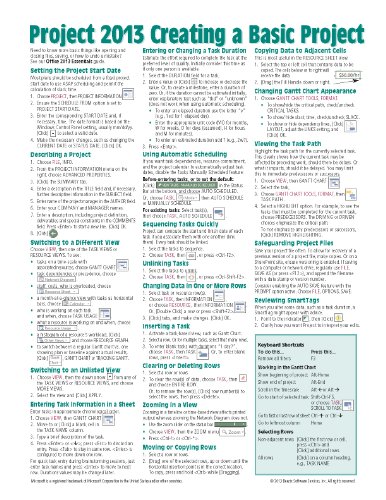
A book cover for Microsoft Project 2013 Quick Reference Guide: Creating a Basic Project (Cheat Sheet of Instructions, Tips & Shortcuts - Laminated Card); Beezix Inc.; Computers & Technology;